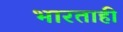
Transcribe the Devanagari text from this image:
भारताही